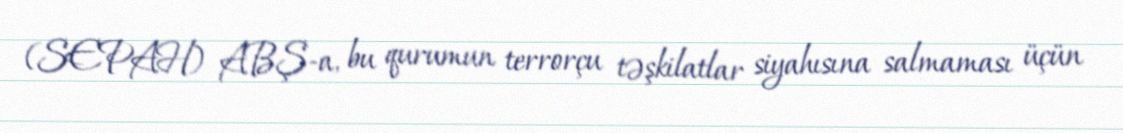
(SEPAH) ABŞ-a, bu qurumun terrorçu təşkilatlar siyahısına salmaması üçün